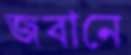
জবানে